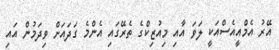
އޭރު އެމްއީއެސްއަކީ ލަވަ އާއި މިއުޒިކްގެ ތެރޭގައި އެންމެ ގަދައަށް ވިދަމުން އައި